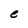
Character: e